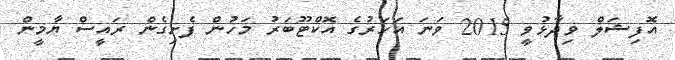
އޮފިޝަލް ވިދާޅުވީ 2015 ވަނަ އަހަރުގެ އޮކްޓޫބަރު މަހުން ފެށިގެން ރައީސް ޔާމީން